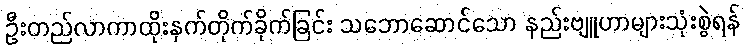
ဦးတည်လာကာထိုးနှက်တိုက်ခိုက်ခြင်း သဘောဆောင်သော နည်းဗျူဟာများသုံးစွဲရန်